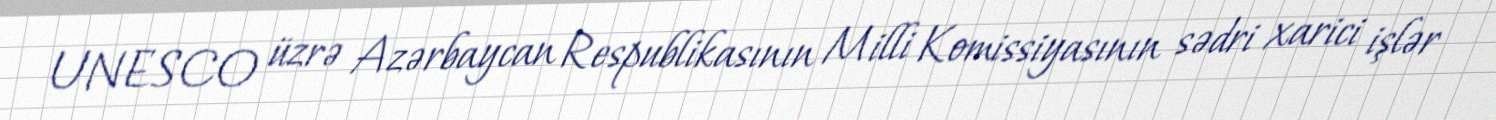
UNESCO üzrə Azərbaycan Respublikasının Milli Komissiyasının sədri xarici işlər